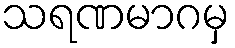
သရဏမာဂမှ